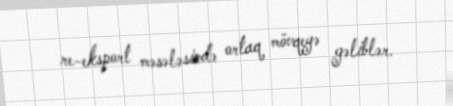
re-eksport məsələsində ortaq mövqeyə gəliblər.